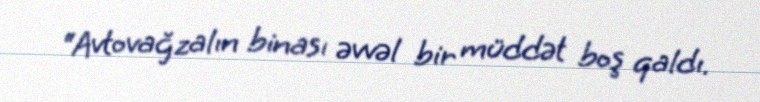
“Avtovağzalın binası əvvəl bir müddət boş qaldı.